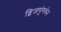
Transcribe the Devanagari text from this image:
द्विजपुंगवेन